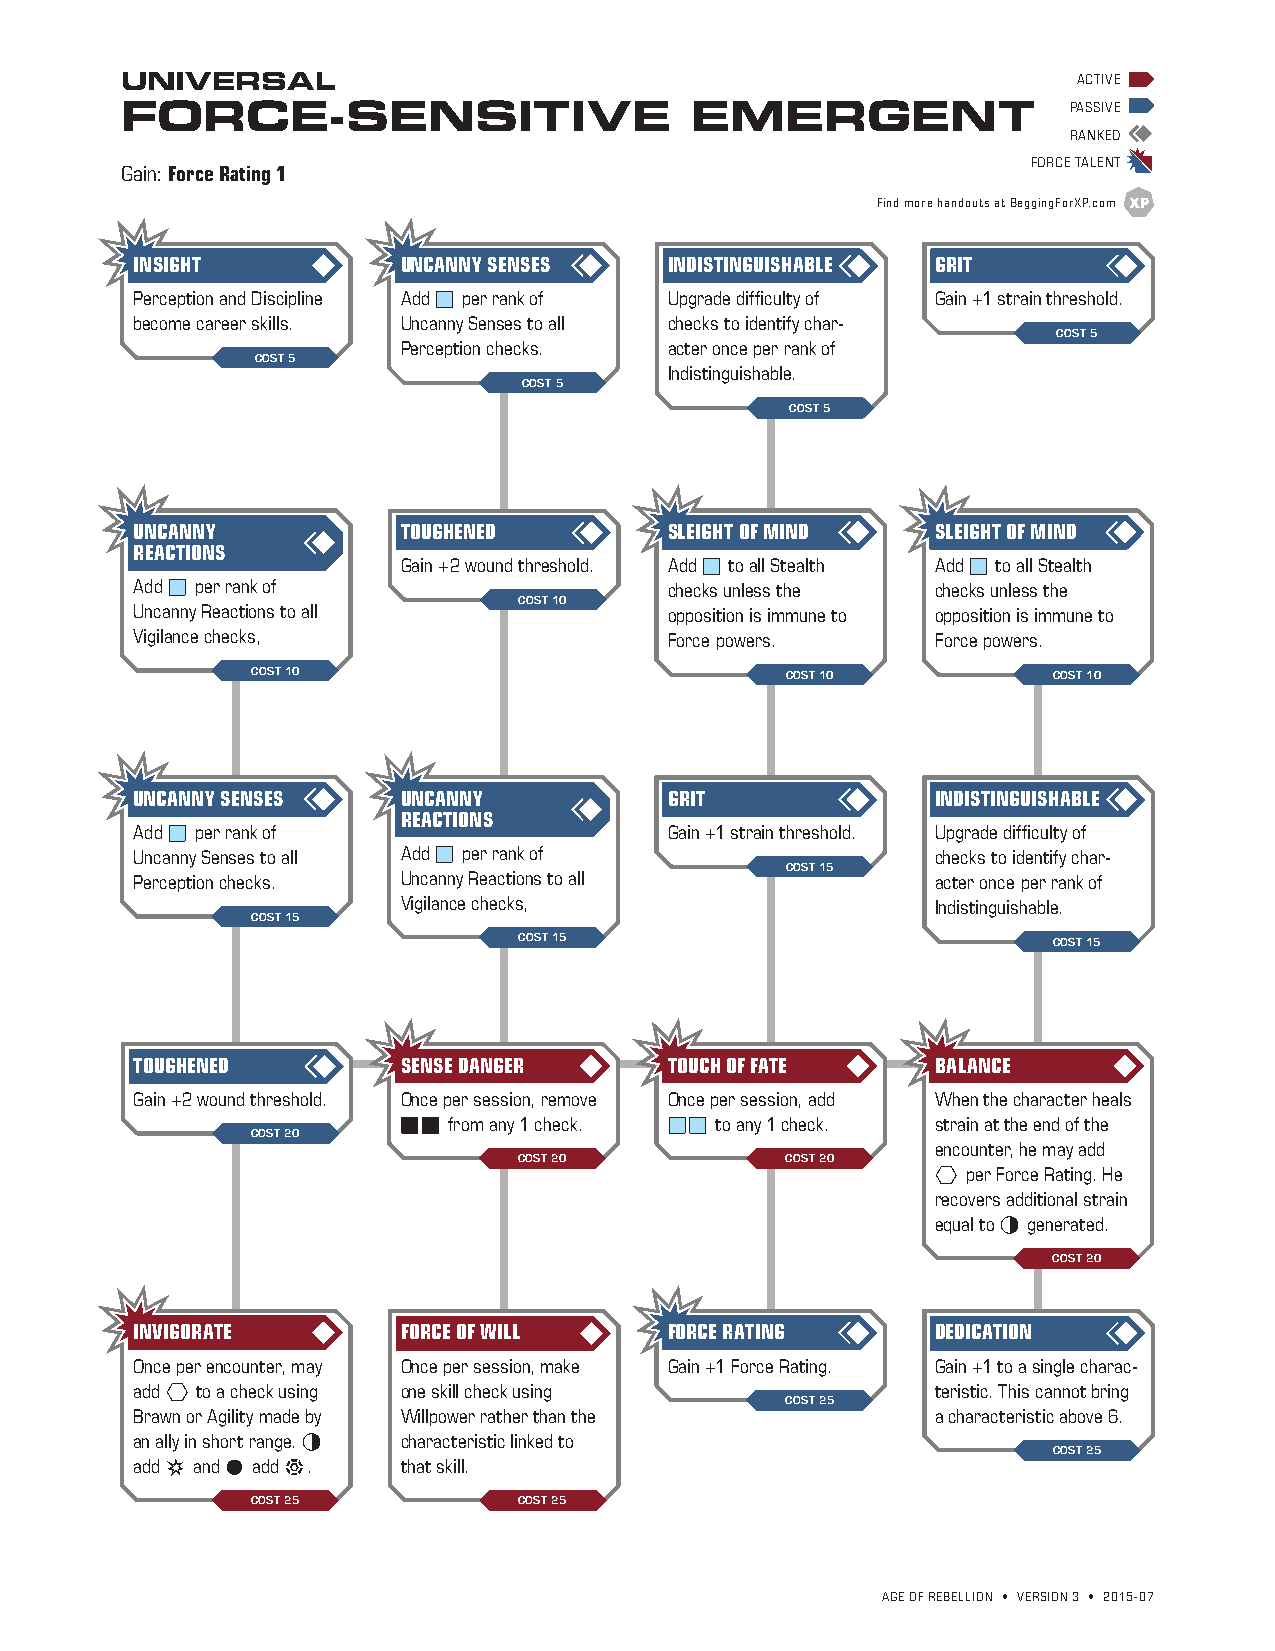
UNIVERSAL                                                      ACTIVE
 FORCE-SENSITIVE                       EMERGENT                 PASSIVE
 RANKED
 FORCE TALENT
 Gain: Force Rating 1
 Find more handouts at BeggingForXP.com
 INSIGHT           UNCANNY SENSES   INDISTINGUISHABLE GRIT
 Perception and Discipline Add b per rank of Upgrade difficulty of Gain +1 strain threshold.
 become career skills. Uncanny Senses to all checks to identify char-
 COST 5
 Perception checks. acter once per rank of
 COST 5
 Indistinguishable.
 COST 5
 COST 5
 UNCANNY           TOUGHENED        SLEIGHT OF MIND   SLEIGHT OF MIND
 REACTIONS
 Gain +2 wound threshold. Add b to all Stealth Add b to all Stealth
 Add b per rank of                  checks unless the checks unless the
 COST 10
 Uncanny Reactions to all           opposition is immune to opposition is immune to
 Vigilance checks,                  Force powers.     Force powers.
 COST 10                            COST 10           COST 10
 UNCANNY SENSES    UNCANNY          GRIT              INDISTINGUISHABLE
 REACTIONS
 Add b per rank of                  Gain +1 strain threshold. Upgrade difficulty of
 Uncanny Senses to all Add b per rank of              checks to identify char-
 COST 15
 Perception checks. Uncanny Reactions to all          acter once per rank of
 Vigilance checks,                  Indistinguishable.
 COST 15
 COST 15                             COST 15
 TOUGHENED         SENSE DANGER     TOUCH OF FATE     BALANCE
 Gain +2 wound threshold. Once per session, remove Once per session, add When the character heals
 bb from any 1 check. bb to any 1 check. strain at the end of the
 COST 20
 encounter, he may add
 COST 20           COST 20
 C per Force Rating. He
 recovers additional strain
 equal to F generated.
 COST 20
 INVIGORATE        FORCE OF WILL    FORCE RATING      DEDICATION
 Once per encounter, may Once per session, make Gain +1 Force Rating. Gain +1 to a single charac-
 add C to a check using one skill check using         teristic. This cannot bring
 COST 25
 Brawn or Agility made by Willpower rather than the   a characteristic above 6.
 an ally in short range. F characteristic linked to
 COST 25
 add s and z add t. that skill.
 COST 25          COST 25
 AGE OF REBELLION • VERSION 3 • 2015-07